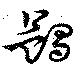
蠲